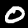
Digit: 0